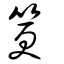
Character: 筻